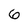
Character: 6